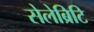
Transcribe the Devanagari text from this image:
सेलेब्रिटि